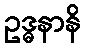
ဥဒ္ဓနာနိ